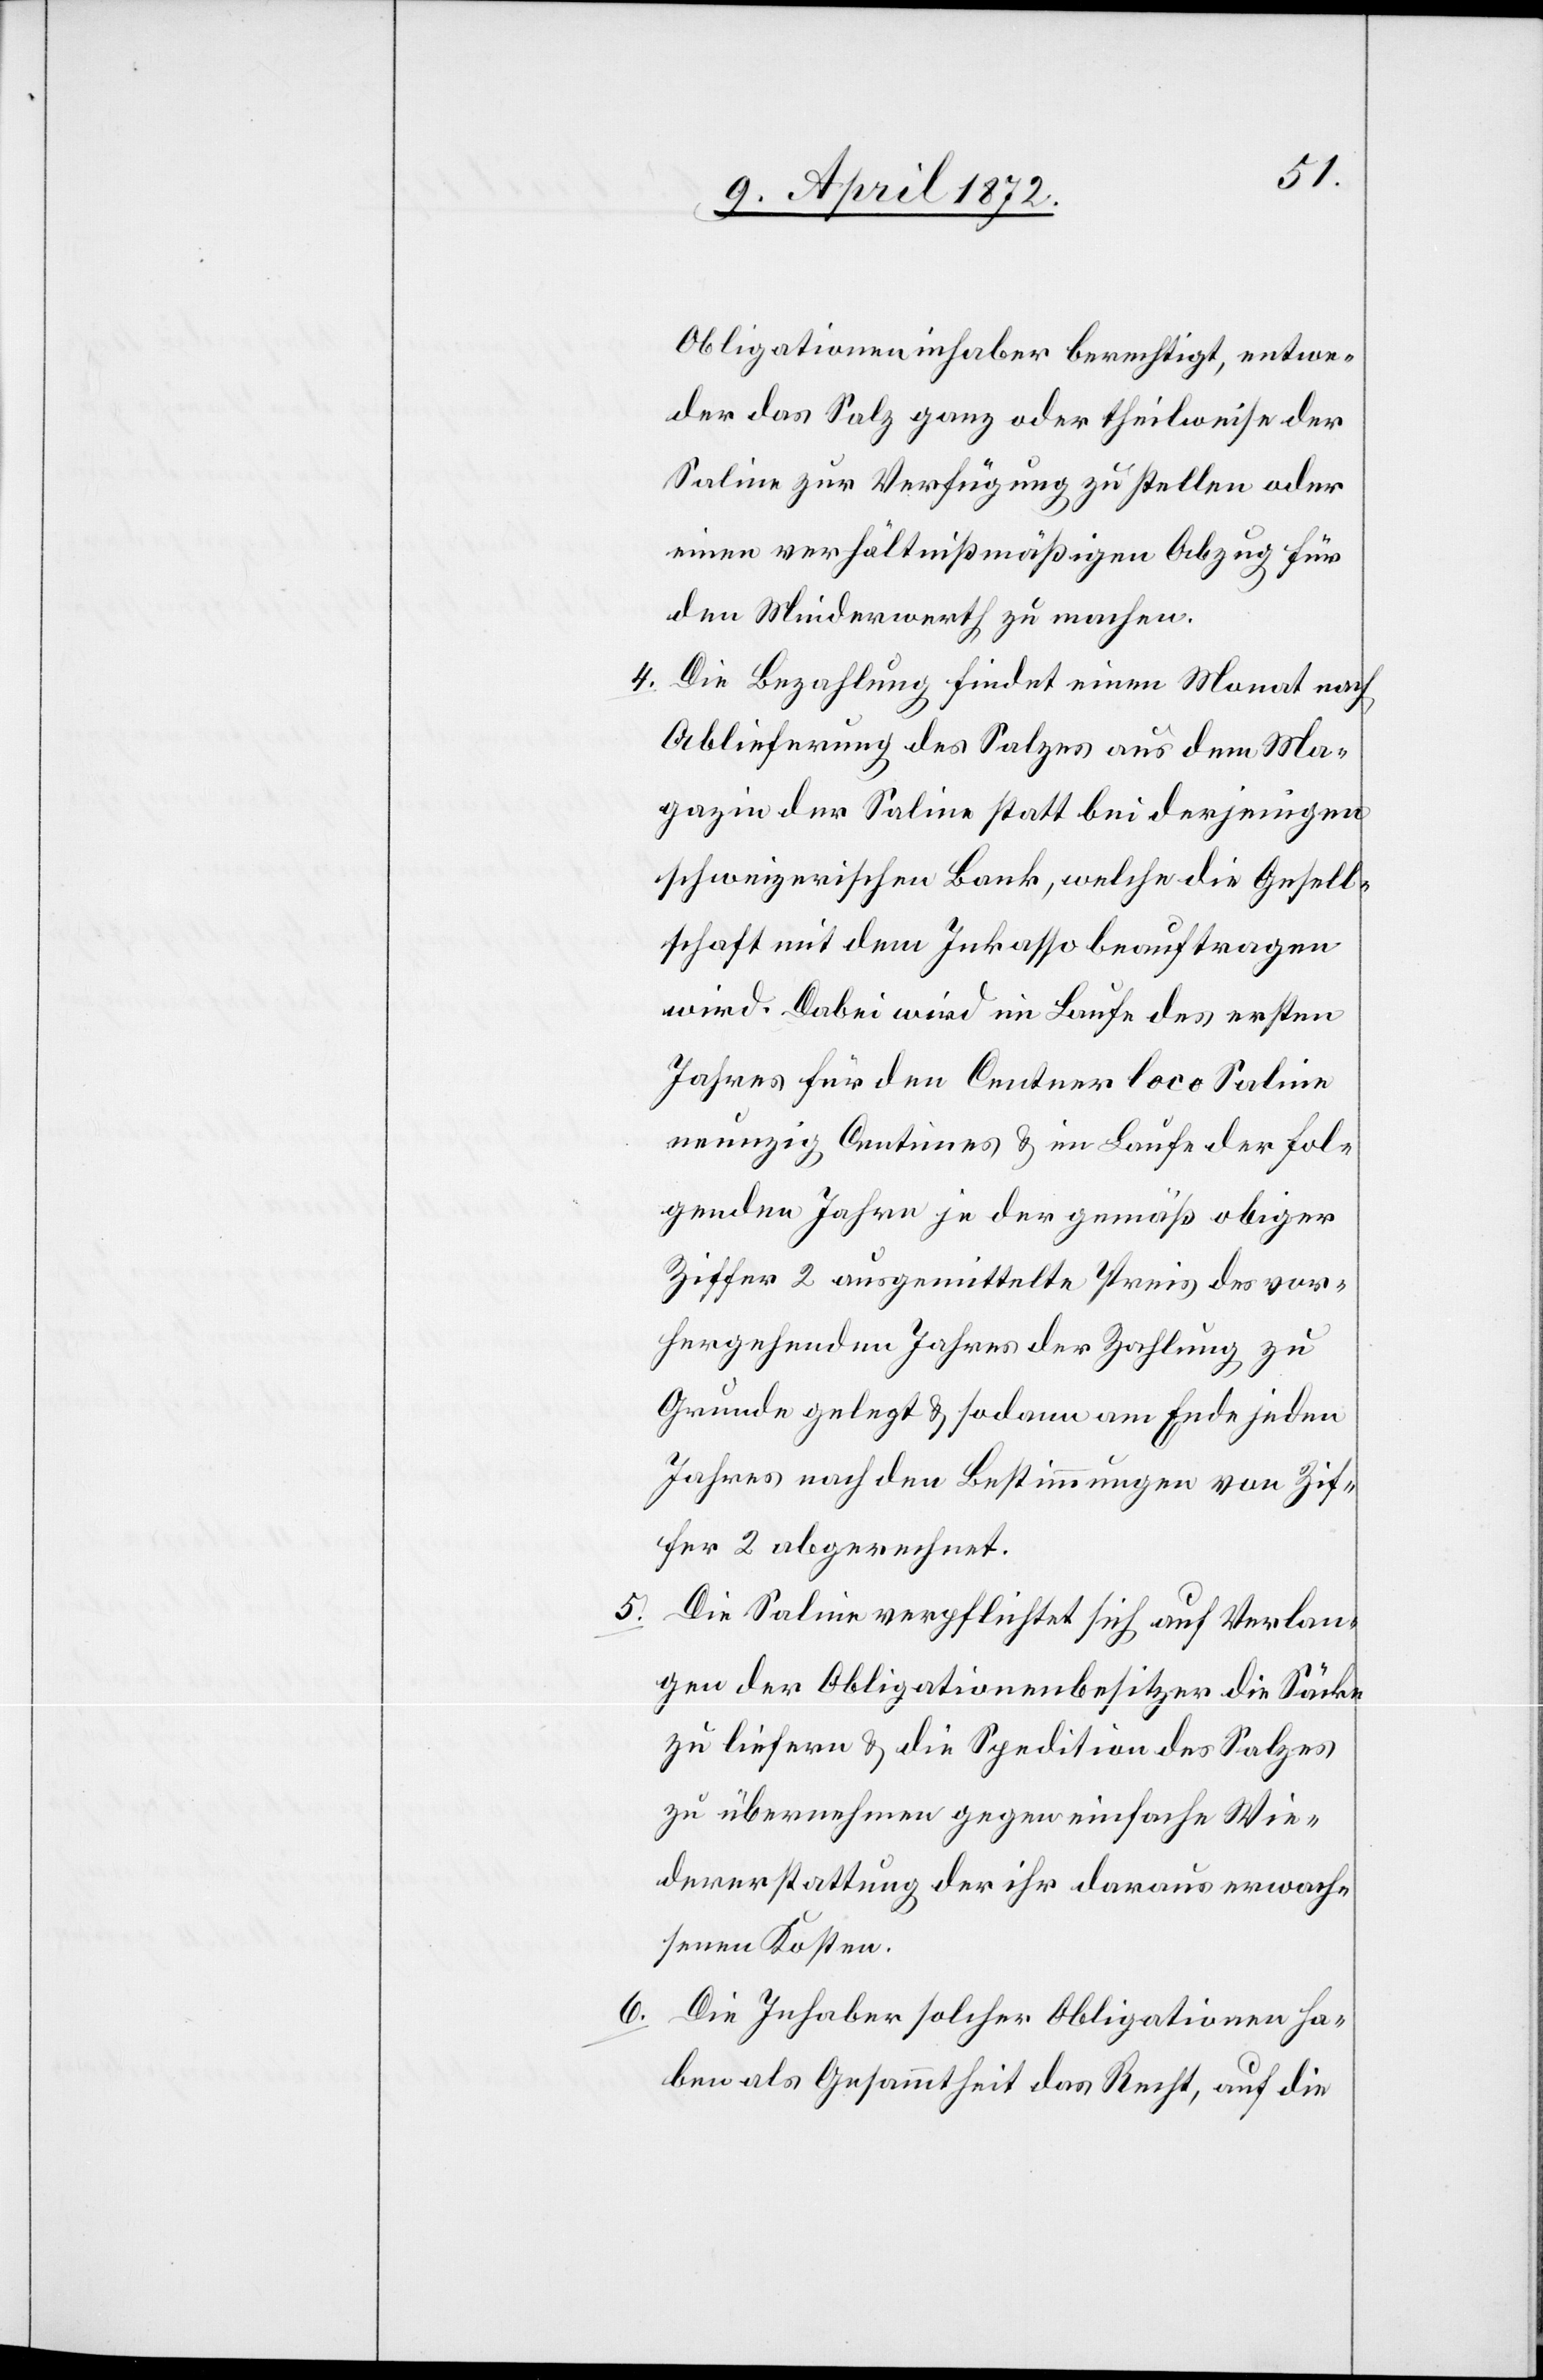
5.

Obligationeninhaber berechtigt, entwe¬
der das Salz ganz oder theilweise der
Saline zur Verfügung zu stellen oder
einen verhältnißmäßigen Abzug für
den Minderwerth zu machen.
4. Die Bezahlung findet einen Monat nach
Ablieferung des Salzes aus dem Ma¬
gazin der Saline statt bei derjenigen
schweizerischen Bank, welche die Gesell¬
schaft mit dem Inkasso beauftragen
wird. Dabei wird im Laufe des ersten
Jahres für den Centner loco Saline
neunzig Centimes u. im Laufe der fol¬
genden Jahre je der gemäß obiger
Ziffer 2 ausgemittelte Preis des vor¬
hergehenden Jahres der Zahlung zu
Grunde gelegt u. sodann am Ende jeden
Jahres nach den Bestimmungen von Zif¬
fer 2 abgerechnet.
Die Saline verpflichtet sich auf Verlan¬
gen der Obligationenbesitzer die Säcke
zu liefern u. die Spedition des Salzes
zu übernehmen gegen einfache Wie¬
dererstattung der ihr daraus erwach¬
senen Kosten.
6. Die Inhaber solcher Obligationen ha¬
ben als Gesammtheit das Recht, auf die